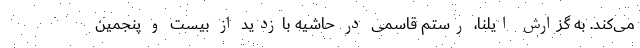
می‌کند. به گزارش ایلنا، رستم قاسمی در حاشیه بازدید از بیست و پنجمین